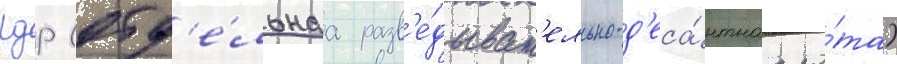
рдр (отд'е́льнаа разв'е́дыват'ельно-д'еса́нтнаа ро́та)